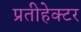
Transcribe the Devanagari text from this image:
प्रतीहेक्टर